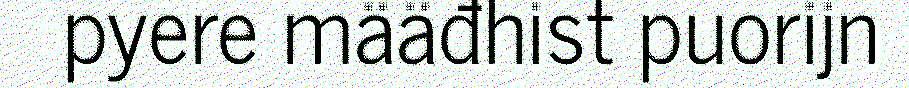
pyere määđhist puorijn